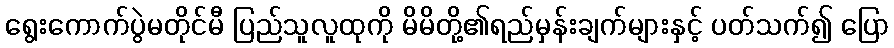
ရွေးကောက်ပွဲမတိုင်မီ ပြည်သူလူထုကို မိမိတို့၏ရည်မှန်းချက်များနှင့် ပတ်သက်၍ ပြော